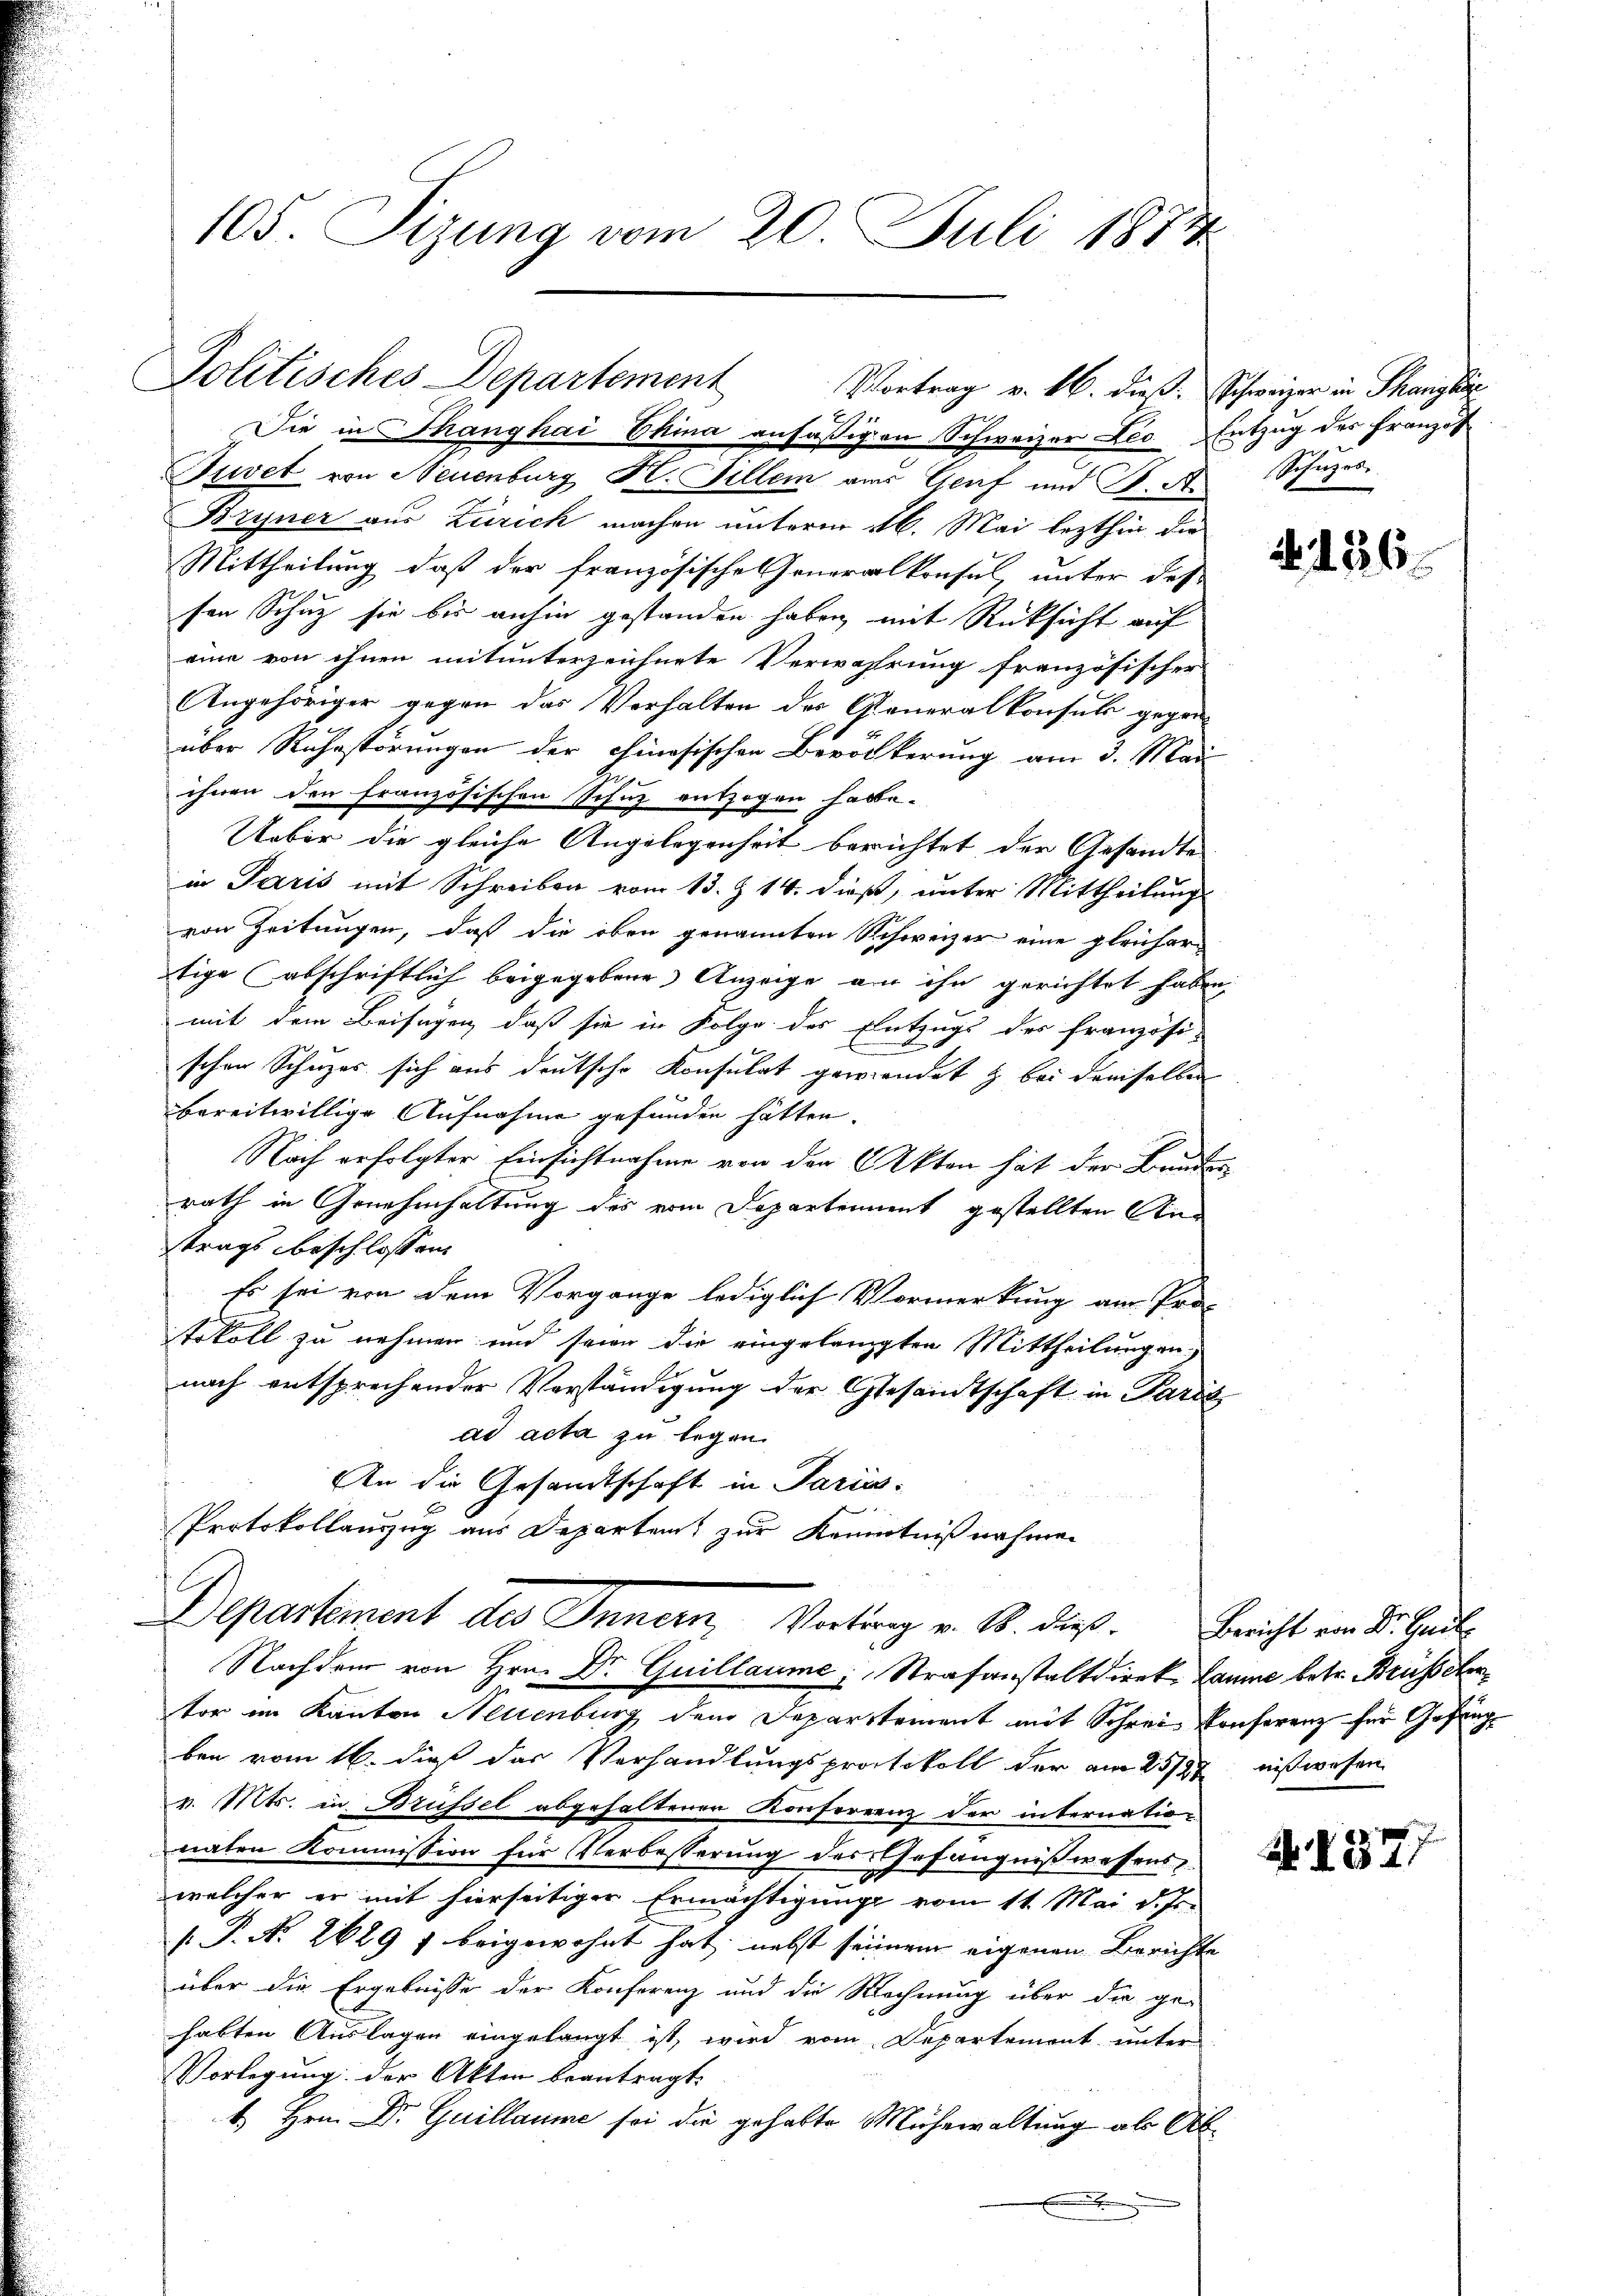
Die in Thanghai China ansäßigen Schweizer Leo Entzug des Franzos
Juvet von Neuenburg Kt. Fillem aus Genf und J. A. Schüzes
Bryner aus Zürich machen unterm 16. Mai lezthin die
Mittheilung, daß der französische Generalkonsul, unter des
sen Schuz sie bis anhin gestanden haben, mit Rücksicht auf
eine von ihnen mitunterzeichnete Verwahrung französischer
Angehöriger gegen das Verhalten des Generalkonsuls gegen-
über Ruhestörungen der chinesischen Bevölkerung am 3. Mai
ihnen den französischen Schuz entzogen habe.
Ueber die gleiche Angelegenheit berichtet der Gesandte
in Paris mit Schreiben vom 13. Z 14. dieß, unter Mittheilung
von Zeitungen, daß die oben genannten Schweizer eine gleichertige abschriftlich beigegebene Anzeige an ihn gerichtet habe
mit dem Beifügen, daß sie in Folge des Entzugs der französi-
schen Schuzes sich aus deutsche Konsulat gewendet & bei dreiselben
bereitwillige Aufnahme gefunden hätten.
Nach erfolgter Einsichtnahme von den Akten hat der Bund
rath in Genehmhaltung des vom Departement gestellten Anstrags beschlossen:
Es sei von dem Vorgange lediglich Vormerkung am Prof
tokoll zu nehmen und seien die eingelangten Mittheilungen,
nach entsprechender Verständigung der Gesandtschaft in Parte
ad acta zu legen.
An die Gesandtschaft in Paris.
Protokollauszug aus Departen zur Kenntnißnahmen
Departement des Innern, Vertrag v. B. dieß. Bericht von Dr. Karle
Nachdem von Hrn. Dr Guillaume, Strafanstaltdirek Caume betr. Brüsseler
tor im Kanton Neuenburg dem Departement mit Schrei Konferenz für Gefängben vom 16. dieß das Verhandlungsprotokoll der am 25/27 nißwesen
v. Mts. in Brüssel abgehaltenen Konferenz der internationaten Kommission für Verbesserung des Gefängnißwesens
.
welcher er mit hierseitiger Ermächtigung vom 11. Mai d. Js.
s P. No 2629 f beigewohnt hat, nebst seinem eigenen Berichte
über die Ergebnisse der Konferenz und die Rechnung über die gehabten Auslagen eingelangt ist, wird vom Departement, unter
Vorlegung der Akten beantragt.
1. Hrn. Dr. Guillaume sei die gehabte Mühewaltung als Ab¬
.

105. Sizung vom 20. Juli 1877

Politisches Departement
Vortrag v. 16. dieß:

Schweizer in Therigke

. 136.

2

N. 137.